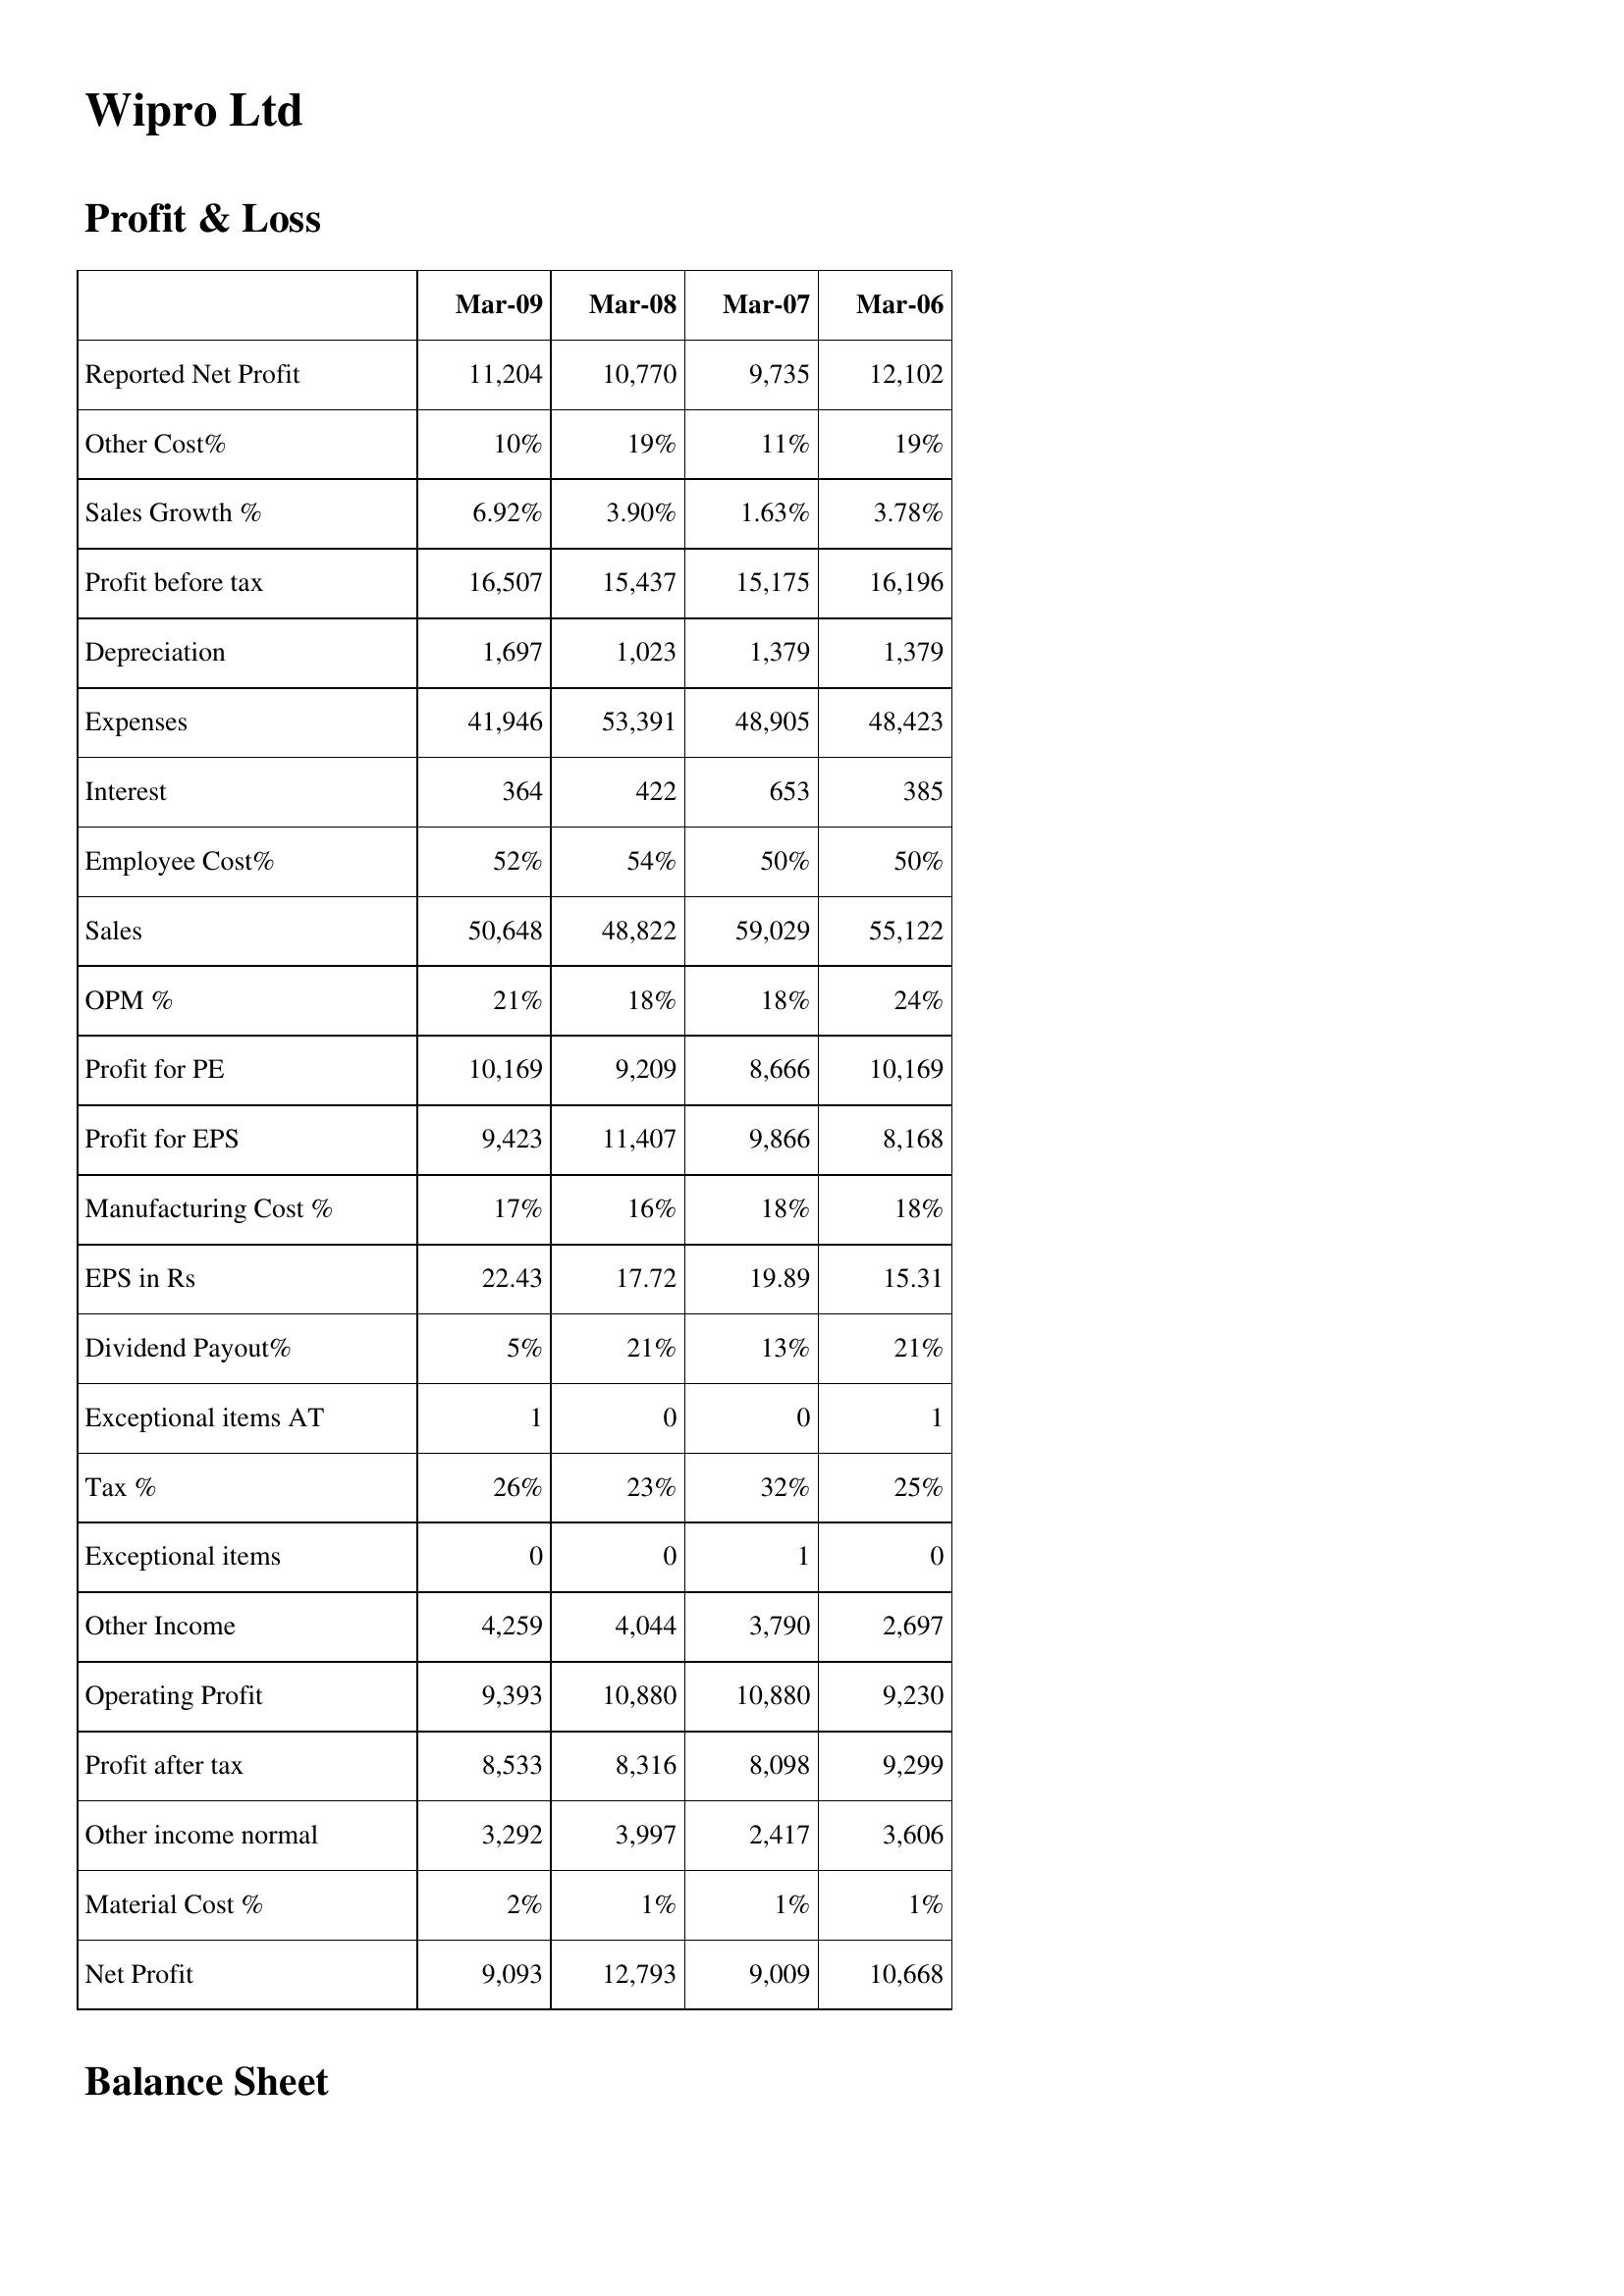
Mar-09: Profit & Loss: Reported Net Profit: 11,204
Other Cost%: 10%
Sales Growth %: 6.92%
Profit before tax: 16,507
Depreciation: 1,697
Expenses: 41,946
Interest: 364
Employee Cost%: 52%
Sales: 50,648
OPM %: 21%
Profit for PE: 10,169
Profit for EPS: 9,423
Manufacturing Cost %: 17%
EPS in Rs: 22.43
Dividend Payout%: 5%
Exceptional items AT: 1
Tax %: 26%
Exceptional items: 0
Other Income: 4,259
Operating Profit: 9,393
Profit after tax: 8,533
Other income normal: 3,292
Material Cost %: 2%
Net Profit: 9,093
Mar-08: Profit & Loss: Reported Net Profit: 10,770
Other Cost%: 19%
Sales Growth %: 3.90%
Profit before tax: 15,437
Depreciation: 1,023
Expenses: 53,391
Interest: 422
Employee Cost%: 54%
Sales: 48,822
OPM %: 18%
Profit for PE: 9,209
Profit for EPS: 11,407
Manufacturing Cost %: 16%
EPS in Rs: 17.72
Dividend Payout%: 21%
Exceptional items AT: 0
Tax %: 23%
Exceptional items: 0
Other Income: 4,044
Operating Profit: 10,880
Profit after tax: 8,316
Other income normal: 3,997
Material Cost %: 1%
Net Profit: 12,793
Mar-07: Profit & Loss: Reported Net Profit: 9,735
Other Cost%: 11%
Sales Growth %: 1.63%
Profit before tax: 15,175
Depreciation: 1,379
Expenses: 48,905
Interest: 653
Employee Cost%: 50%
Sales: 59,029
OPM %: 18%
Profit for PE: 8,666
Profit for EPS: 9,866
Manufacturing Cost %: 18%
EPS in Rs: 19.89
Dividend Payout%: 13%
Exceptional items AT: 0
Tax %: 32%
Exceptional items: 1
Other Income: 3,790
Operating Profit: 10,880
Profit after tax: 8,098
Other income normal: 2,417
Material Cost %: 1%
Net Profit: 9,009
Mar-06: Profit & Loss: Reported Net Profit: 12,102
Other Cost%: 19%
Sales Growth %: 3.78%
Profit before tax: 16,196
Depreciation: 1,379
Expenses: 48,423
Interest: 385
Employee Cost%: 50%
Sales: 55,122
OPM %: 24%
Profit for PE: 10,169
Profit for EPS: 8,168
Manufacturing Cost %: 18%
EPS in Rs: 15.31
Dividend Payout%: 21%
Exceptional items AT: 1
Tax %: 25%
Exceptional items: 0
Other Income: 2,697
Operating Profit: 9,230
Profit after tax: 9,299
Other income normal: 3,606
Material Cost %: 1%
Net Profit: 10,668